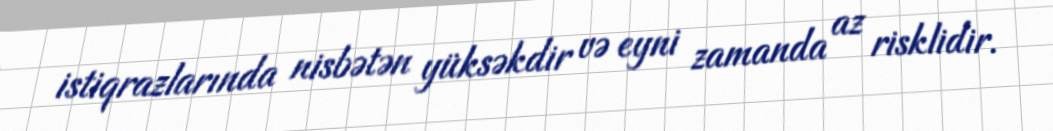
istiqrazlarında nisbətən yüksəkdir və eyni zamanda az risklidir.